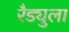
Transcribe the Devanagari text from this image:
रैड्युला